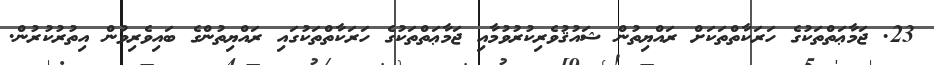
23. ޖަމާޢަތްތަކުގެ ހަރަކާތްތަކަށް ރައްޔިތުން ޝައުޤުވެރިކުރުވުމާއި ޖަމާޢަތްތަކުގެ ހަރަކާތްތަކުގައި ރައްޔިތުންގެ ބައިވެރިވުން އިތުރުކުރުން.